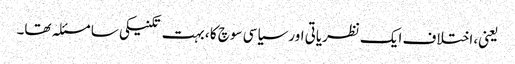
یعنی، اختلاف ایک نظریاتی اور سیاسی سوچ کا ، بہت تکنیکی سا مسئلہ تھا۔